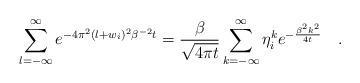
LaTeX: \begin{align*}\sum_{l=-\infty}^{\infty} e^{-4\pi^2 (l+w_i)^2 \beta^{-2}t}={\beta \over \sqrt{4\pi t}}\sum_{k=-\infty}^{\infty}\eta_i^k e^{-{\beta^2 k^2 \over 4t}}~~~.\end{align*}